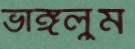
ভাঙ্গলুম